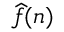
{ \widehat { f } } ( n )